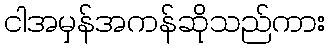
ငါအမှန်အကန်ဆိုသည်ကား